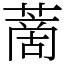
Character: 蔐